Vital statistics of India. Vol. VI, European troops 1870-79
Year: 1870
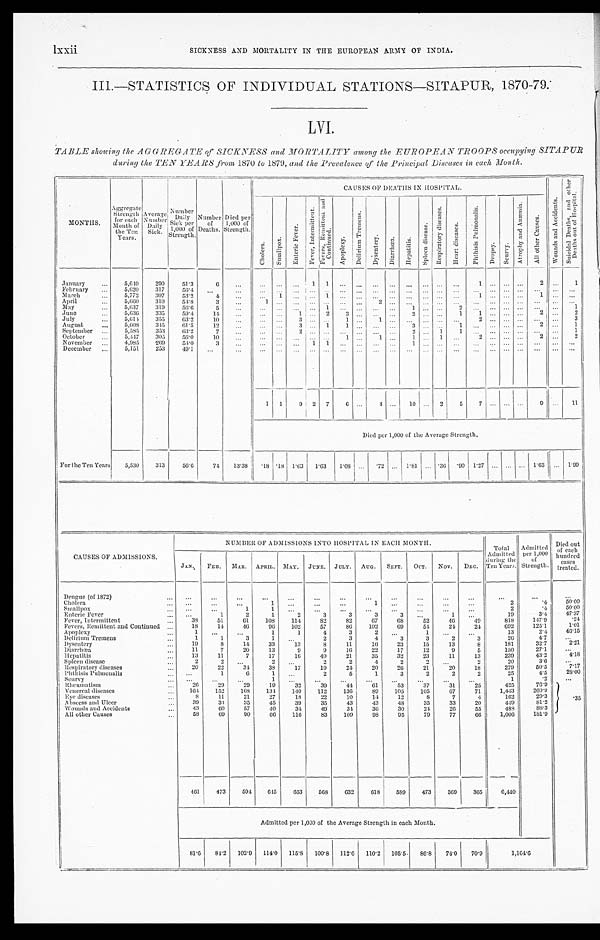
SICKNESS AND MORTALITY IN THE EUROPEAN ARMY OF INDIA.
lxxii
III.—STATISTICS OF INDIVIDUAL STATIONS—SITAPUR, 1870-79.
LVI.
TABLE showing the AGGREGATE of SICKNESS and MORTALITY among the EUROPEAN TROOPS occupying SITAPUR
during the TEN YEARS from 1870 to 1879, and the Prevalence, of the Principal Diseases in each Month.
M O N T H S .
Aggregate
Strengt h
for each
Month of
the Ten
Years.
A v e r a g e
Number
Daily
Sick.
Number
Daily
Sick per
1,000 of
Strength.
Number
of
Deaths.
Died per
1,000 of
Strength.
CAUSES OF DEATHS IN HOSPITAL.
W o u n d s a n d A c c i d e n t s .
S u i c i d a l D e a t h s , a n d o t h e r
D e a t h s o u t o f H o s p i t a l .
C h o l e r a .
S m a l l p o x .
E n t e r i c F e v e r . F e v e r , I n t e r m i t t e n t .
F e v e r s , R e m i t t e n t a n d
C o n t i n u e d .
A p o p l e x y .
D e l i r i u m T r e m e n s .
D y s e n t e r y .
D i a r r h œ a .
H e p a t i t i s .
S p l e e n d i s e a s e .
R e s p i r a t o r y d i s e a s e s .
H e a r t d i s e a s e s .
P h t h i s i s P u l m o n a l i s .
D r o p s y .
S c u r v y .
A t r o p h y a n d A n æ m i a .
A l l o t h e r c a u s e s .
January
...
5,649
290
51.3
6
. . . ...
. . .
...
1
1
. . .
. . .
...
. . .
. . .
. . .
. . . ...
1 ...
. . .
...
2
. . .
1
February
...
5,620
317
56.4
. . .
. . . ...
. . . ...
. . .
. . .
. . .
. . .
. . .
. . .
. . .
. . .
. . .
. . .
. . .
. . .
. . .
. . .
...
. . . ...
March
...
5,772
307
53.2
4
...
...
1 ...
...
1
. . .
. . .
. . .
. . .
. . .
. . .
. . .
...
1
...
. . .
. . .
1
. . .
. . .
April
. . .
5,660
310
54.8
3
. . .
1 ...
...
. . .
. . .
. . .
. . .
2
. . .
. . .
. . .
. . . ...
. . .
. . .
. . .
. . . ...
. . .
. . .
May
...
5,637
319
56.6
5
...
...
. . .
. . .
. . . 1
. . .
. . .
...
. . .
1
. . .
. . .
2
. . . ... ... ...
...
. . .
1
June
...
5,636
335
59.4
14
...
...
. . .
1 ...
2
3
. . .
...
. . .
2
. . .
. . .
1
1 ...
. . .
. . . 2
. . .
2
July
...
5,614
355
63.2
10
. . .
...
. . .
3
. . .
. . .
1 ...
1
. . .
. . .
. . .
. . .
...
2
. . .
. . .
. . .
...
. . .
3
August
...
5,608
345
61.5
12
. . .
...
. . .
3 ...
1
1
. . .
...
. . .
3
. . .
. . .
1
...
. . . ...
. . .
2
...
1
September ...
5,585
353
63.2
7
. . .
. . .
. . .
2
. . .
. . .
. . . . . .
. . .
. . .
2
. . .
1 1
. . .
. . .
. . .
. . .
...
. . .
1
October
. . .
5,447
305
56.0
10
. . .
... ...
...
. . .
. . .
1
. . .
1
...
1
. . .
1 ...
2
. . .
. . .
. . .
2
. . .
2
November
. . .
4,985
269
54.0
3
. . .
. . .
. . .
. . . 1
1
. . .
. . . ...
. . .
1
. . .
. . .
...
. . .
. . .
. . .
. . .
. . .
. . .
. . .
December
...
5,151
253
49.1
. . .
. . .
. . .
. . .
...
. . .
. . .
. . .
. . .
...
. . .
. . .
. . .
. . .
. . .
. . .
. . .
. . .
. . .
. . .
. . .
. . .
1
1
9
2
7
6
. . .
4
. . .
1 0
. . .
2
5
7
. . .
. . .
. . . 9
. . .
11
Died per 1,000 of the Average Strength.
For the Ten Years
5,530
313
56.6
74
13.38
. 1 8 .18 1.63
1 . 6 3
1.08 ...
. 7 2 ... 1.81 ... .36
. 9 0
1 . 2 7
... ... ... 1.63 ... 1.99
CAUSES OF ADMISSIONS.
NUMBER OF ADMISSIONS INTO HOSPITAL IN EACH MONTH.
Total
Admitted
during the
Ten Years.
Admitted
per 1,000
of
Strength.
Died out
of each
hundred
cases
treated.
JAN.
FEB.
MAR.
APRIL.
M A Y . JUNE. JULY.
AUG.
SEPT.
OCT.
NOV.
DEC.
Dengue (of 1872) ...
...
. . .
. . .
. . .
. . .
. . .
. . .
. . .
. . .
. . .
. . .
. . .
...
...
. . .
Cholera ...
...
...
...
1
. . .
. . .
. . .
1
. . .
. . .
. . .
. . .
2
.4
50.00
Smallpox ...
...
. . .
1
1
. . .
. . .
. . .
. . .
. . .
. . .
. . .
. . .
2
.4
50.00
Enteric Fever ...
...
1
2
1
2
3
3
3
3
. . .
1
. . .
19
3.4
47.37
Fever, Intermittent ...
38
51
61
108
114
82
82
67
6 8
5 2
46
49
818
147.9
.24
Fevers, Remittent and Continued ...
18
14
46
96
102
57
86
102
6 9
54
24
24
692
125.1
1.01
Apoplexy ...
1
. . .
. . .
1
1
4
3
2
. . .
1
. . .
. . .
13
2.4
46.15
Delirium Tremens ...
1
1
3
1
. . .
2
3
4
3
3
2
3
26
4.7
. . .
Dysentery ...
19
8
14
33
13
8
11
16
2 3
15
13
8
181
32.7
2.21
Diarrhœa ...
11
7
20
13
9
9
16
22
1 7
12
9
5
150
27.1
. . .
Hepat i t i s . . .
13
11
7
17
16
40
21
35
3 2
23
11
13
239
43.2
4.18
Spleen disease ...
2
2
. . .
2 ...
2
2
4
2 2
. . .
2
20
3.6
. . .
Respiratory diseases ...
20
22
34
3 8
17
19
24
20
2 6
21
20
18
279
50.5
7.17
Phthisis Pulmonalis ...
. . .
1
6
1 ...
2
5
1
3
2
2
2
25
4.5
28.00
Scurvy ...
...
...
...
1 ...
. . .
. . .
. . .
. . .
. . .
. . . ...
1
. 2
. . .
Rheumatism ...
26
29
29
1 9
32
39
44
61
53
37
31
25
425
76.9
.35
Venereal diseases ...
1 6 4
152
168
134
140
112
136
89
105
105
67
71
1,443
260.9
Eye diseases ...
8 1 1
21
27
18
22
10
14
1 2
8
7
4
162
29.3
Abscess and Ulcer ...
39
34
35
45
39
35
43
43
4 8
35
33
20
449
81.2
Wounds and Accidents ...
43
60
57
40
34
49
34
36
3 0
24
26
55
488
88.3
All other Causes ...
58
69
90
66
116
83
109
98
9 5
79
77
66
1,006
181.9
461
473
594
645
653
568
632
618
5 8 9
473
369
365
6,440
Admitted per 1,000 of the Average Strength in each Month.
81.6
84.2
102.9
114.0
115.8
100.8
112.6
110.2
1 0 5 . 5
86.8
74.0
70.9
1,164.6